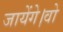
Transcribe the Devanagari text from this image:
जायेंगे।वो